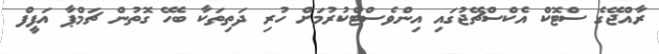
ރާއްޖޭގެ ސްޓޮކް އެކްސްޗޭޖުގައި އިންވެސްޓްކުރުމަށް ހުރި ދަތިތަކާ ބެހޭ ގޮތުން ޗަމްޕާ އަފީފް